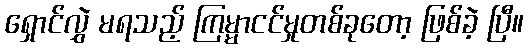
ရှောင်လွှဲ မရသည့် ကြမ္မာငင်မှုတစ်ခုတော့ ဖြစ်ခဲ့ ပြီ။